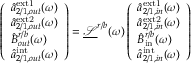
\left( \begin{array} { l } { \hat { a } _ { 2 / 1 , o u t } ^ { \mathrm { e x t 1 } } ( \omega ) } \\ { \hat { a } _ { 2 / 1 , o u t } ^ { \mathrm { e x t 2 } } ( \omega ) } \\ { \hat { B } _ { o u t } ^ { r / b } ( \omega ) } \\ { \hat { a } _ { 2 / 1 , o u t } ^ { \mathrm { i n t } } ( \omega ) } \end{array} \right) = \underline { { \mathcal { S } } } ^ { r / b } ( \omega ) \left( \begin{array} { l } { \hat { a } _ { 2 / 1 , i n } ^ { \mathrm { e x t 1 } } ( \omega ) } \\ { \hat { a } _ { 2 / 1 , i n } ^ { \mathrm { e x t 2 } } ( \omega ) } \\ { \hat { B } _ { \mathrm { i n } } ^ { r / b } ( \omega ) } \\ { \hat { a } _ { 2 / 1 , i n } ^ { \mathrm { i n t } } ( \omega ) } \end{array} \right)